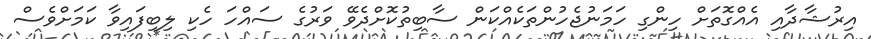
އިރުޝާދާއި އެއްގޮތަށް ހިންގި ހަމަނުޖެހުންތަކެއްކަން ސާބިތުކޮށްދެވޭ ވަރުގެ ސައްހަ ހެކި ލިބިފައިވާ ކަމަށްވެސް